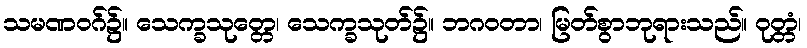
သမဏဝဂ်၌။ သေက္ခသုတ္တေ၊ သေက္ခသုတ်၌။ ဘဂဝတာ၊ မြတ်စွာဘုရားသည်။ ဝုတ္တံ၊